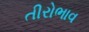
તીરોભાવ